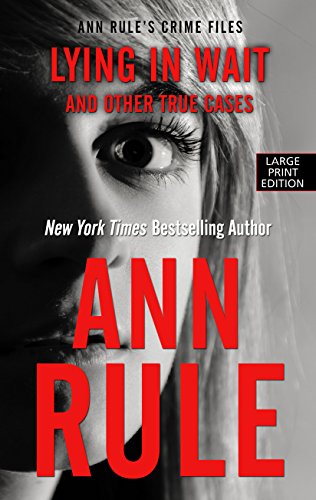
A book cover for Lying In Wait (Ann Rule's Crime Files); Ann Rule; Biographies & Memoirs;